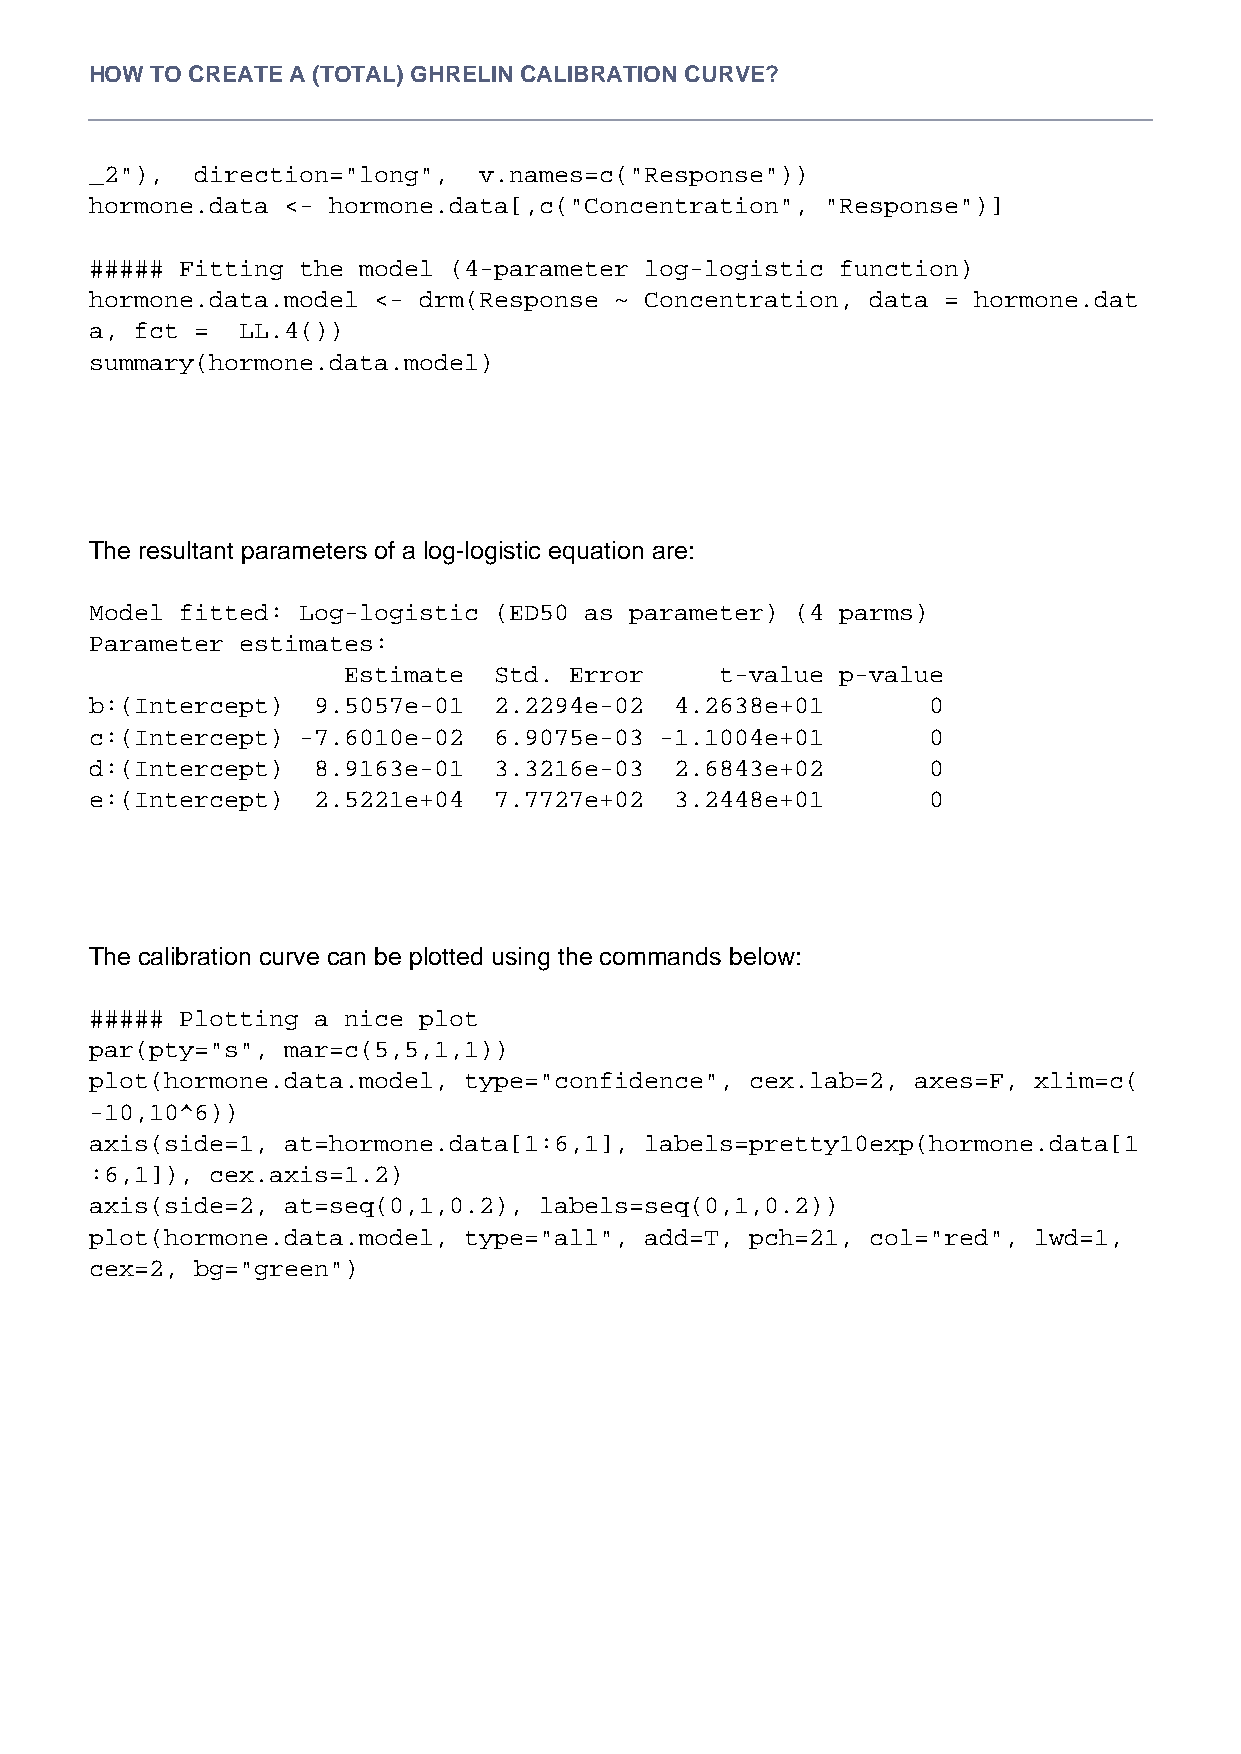
HOW TO CREATE A (TOTAL) GHRELIN CALIBRATION CURVE?
 _2"),  direction="long",  v.names=c("Response"))
 hormone.data <- hormone.data[,c("Concentration", "Response")]
 ##### Fitting the model (4-parameter log-logistic function)
 hormone.data.model <- drm(Response ~ Concentration, data = hormone.dat
 a, fct =  LL.4())
 summary(hormone.data.model)
 The resultant parameters of a log-logistic equation are:
 Model fitted: Log-logistic (ED50 as parameter) (4 parms)
 Parameter estimates:
 Estimate  Std. Error     t-value p-value
 b:(Intercept)  9.5057e-01  2.2294e-02  4.2638e+01      0
 c:(Intercept) -7.6010e-02  6.9075e-03 -1.1004e+01      0
 d:(Intercept)  8.9163e-01  3.3216e-03  2.6843e+02      0
 e:(Intercept)  2.5221e+04  7.7727e+02  3.2448e+01      0
 The calibration curve can be plotted using the commands below:
 ##### Plotting a nice plot
 par(pty="s", mar=c(5,5,1,1))
 plot(hormone.data.model, type="confidence", cex.lab=2, axes=F, xlim=c(
 -10,10^6))
 axis(side=1, at=hormone.data[1:6,1], labels=pretty10exp(hormone.data[1
 :6,1]), cex.axis=1.2)
 axis(side=2, at=seq(0,1,0.2), labels=seq(0,1,0.2))
 plot(hormone.data.model, type="all", add=T, pch=21, col="red", lwd=1,
 cex=2, bg="green")
 2 / 4